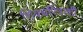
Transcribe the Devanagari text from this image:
शिवचरित्राशी